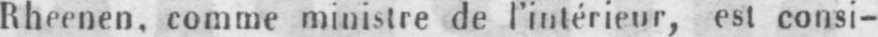
comme ministre de l’intérieur, est consi-